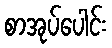
စာအုပ်ပေါင်း